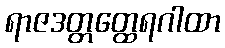
ရာဇဒတ္တတ္ထေရဂါထာ